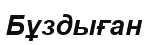
Бұздыған